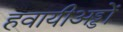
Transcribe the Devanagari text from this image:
हवायीअड्डों